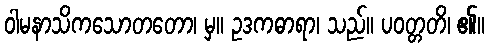
ဝါမနာသိကသောတတော၊ မှ။ ဥဒကဓာရာ၊ သည်။ ပဝတ္တတိ၊ ၏။